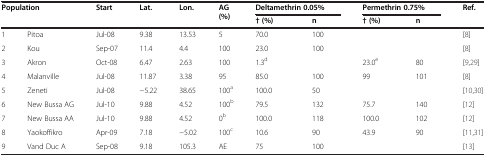
| <ROWSPAN=2-COLSPAN=2> Population | <ROWSPAN=2> Start | <ROWSPAN=2> Lat. | <ROWSPAN=2> Lon. | <ROWSPAN=2> AG (%) | <COLSPAN=2> Deltamethrin 0.05% | <COLSPAN=2> Permethrin 0.75% | <ROWSPAN=2> Ref. |
 | † (%) | n | † (%) | n |
 | --- | --- | --- | --- | --- | --- | --- | --- | --- | --- | --- |
 | 1 | Pitoa | Jul-08 | 9.38 | 13.53 | 5 | 70.0 | 100 |  |  | [8] |
 | 2 | Kou | Sep-07 | 11.4 | 4.4 | 100 | 23.0 | 100 |  |  | [8] |
 | 3 | Akron | Oct-08 | 6.47 | 2.63 | 100 | 1.3d |  | 23.0e | 80 | [9,29] |
 | 4 | Malanville | Jul-08 | 11.87 | 3.38 | 95 | 85.0 | 100 | 99 | 101 | [8] |
 | 5 | Zeneti | Jul-08 | −5.22 | 38.65 | 100a | 100.0 | 50 |  |  | [10,30] |
 | 6 | New Bussa AG | Jul-10 | 9.88 | 4.52 | 100b | 79.5 | 132 | 75.7 | 140 | [12] |
 | 7 | New Bussa AA | Jul-10 | 9.88 | 4.52 | 0b | 100.0 | 118 | 100.0 | 102 | [12] |
 | 8 | Yaokoffikro | Apr-09 | 7.18 | −5.02 | 100c | 10.6 | 90 | 43.9 | 90 | [11,31] |
 | 9 | Vand Duc A | Sep-08 | 9.18 | 105.3 | AE | 75 | 100 |  |  | [13] |